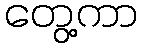
တွေ့ကာ